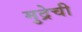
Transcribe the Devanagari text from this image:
मुद्रेची